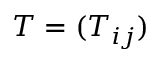
T = ( T _ { i j } )